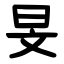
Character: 旻